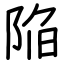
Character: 陥